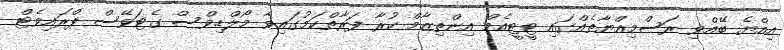
އިއްޔެ ބޭއްވި ރަސްމިއްޔާތެއްގައި ޓީޓީއެމް އިންތިޒާމް ކުރާ ފަރާތްކަމުގައިވާ މޯލްޑިވްސް ގެޓަވޭސް ޕްރައިވެޓް